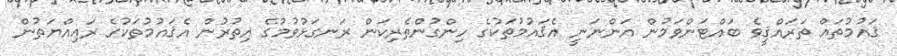
ޤައުމުތައް ތަރައްޤީވެ ބައްޓަންވަމުން އަންނަނީ އެޤައުމުތަކުގެ ހިންގުންތެރިކަން ރަނގަޅުވުމުގެ އިތުރުން އެޤައުމުތަކުގެ ރަޢިއްޔަތުން